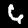
Label: 6